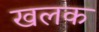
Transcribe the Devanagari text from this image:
खलक